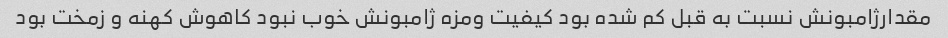
مقدارژامبونش نسبت به قبل کم شده بود کیفیت ومزه ژامبونش خوب نبود کاهوش کهنه و زمخت بود